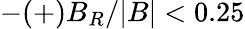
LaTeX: -(+)B_{R}/|B|<0.25